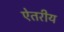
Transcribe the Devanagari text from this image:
ऐतरीय